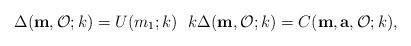
LaTeX: \begin{align*} \Delta(\mathbf{m},\mathcal{O};k)=U(m_1;k) \,\, \,\, k\Delta(\mathbf{m},\mathcal{O};k)=C(\mathbf{m},\mathbf{a}, \mathcal{O};k), \end{align*}